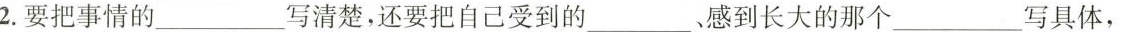
2.要把事情的___写清楚，还要把自己受到的___，感到长大的那个___写具体